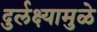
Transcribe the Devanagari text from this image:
दुर्लक्ष्यामुळे